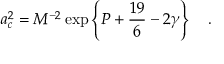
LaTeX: a _ { c } ^ { 2 } = M ^ { - 2 } \exp \left\{ P + { \frac { 1 9 } { 6 } } - 2 \gamma \right\} ~ ~ ~ .